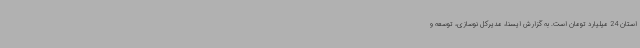
استان 24 میلیارد تومان است. به گزارش ایسنا، مدیرکل نوسازی، توسعه و